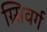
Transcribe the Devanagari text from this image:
ग्न्सिवर्ग